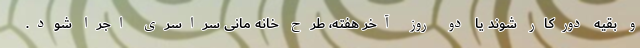
و بقیه دورکار شوند یا دو روز آخر هفته، طرح خانه مانی سراسری اجرا شود.